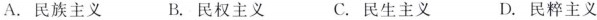
A.民族主义 B.民权主义 C.民生主义 D.民粹主义